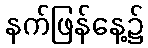
နက်ဖြန်နေ့၌